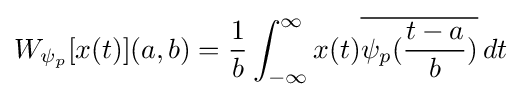
W_{\psi _{p}}[x(t)](a,b)={\frac {1}{b}}\int _{-\infty }^{\infty }x(t){\overline {\psi _{p}({\frac {t-a}{b}})}}\,dt